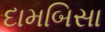
દામબિસા